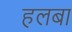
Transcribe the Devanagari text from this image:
हलबा